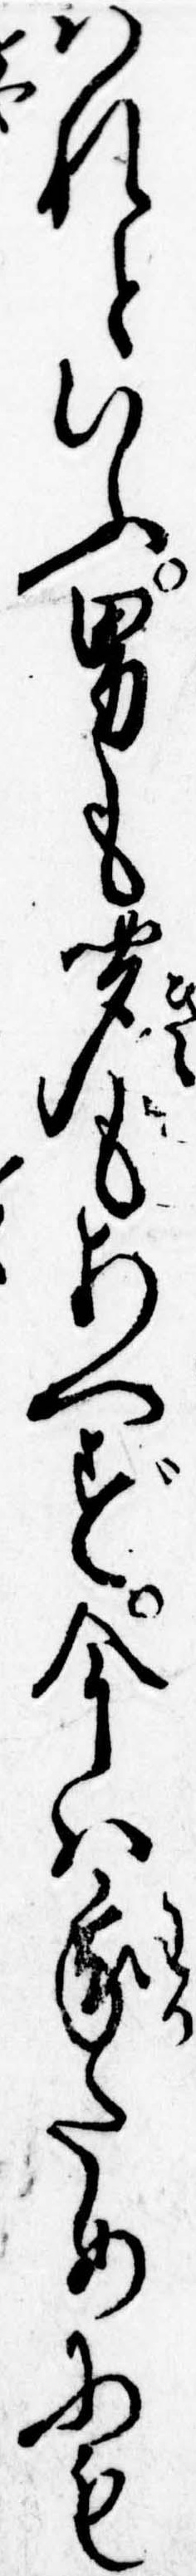
はれといふ男も聞もあへず今は我ためにも